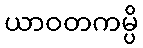
ယာဝတကမ္ပိ